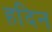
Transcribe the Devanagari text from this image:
हदिन